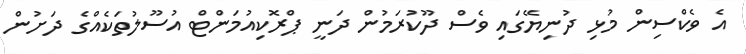
އެ ވެކްސިން މުޅި ދުނިޔޭގަައި ވެސް ދޫކުރަމުން ދަނީ ޕްރޮކިއުމަންޓް އުސޫލުތަކެއްގެ ދަށުން